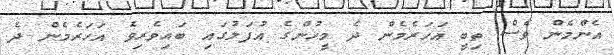
އެންމެން ވެސް ތިބީ އަހަރެމެން ދެ މީހުންގެ އުފަލުގައި ބައިވެރިވެ އަހަރެމެން ދެ